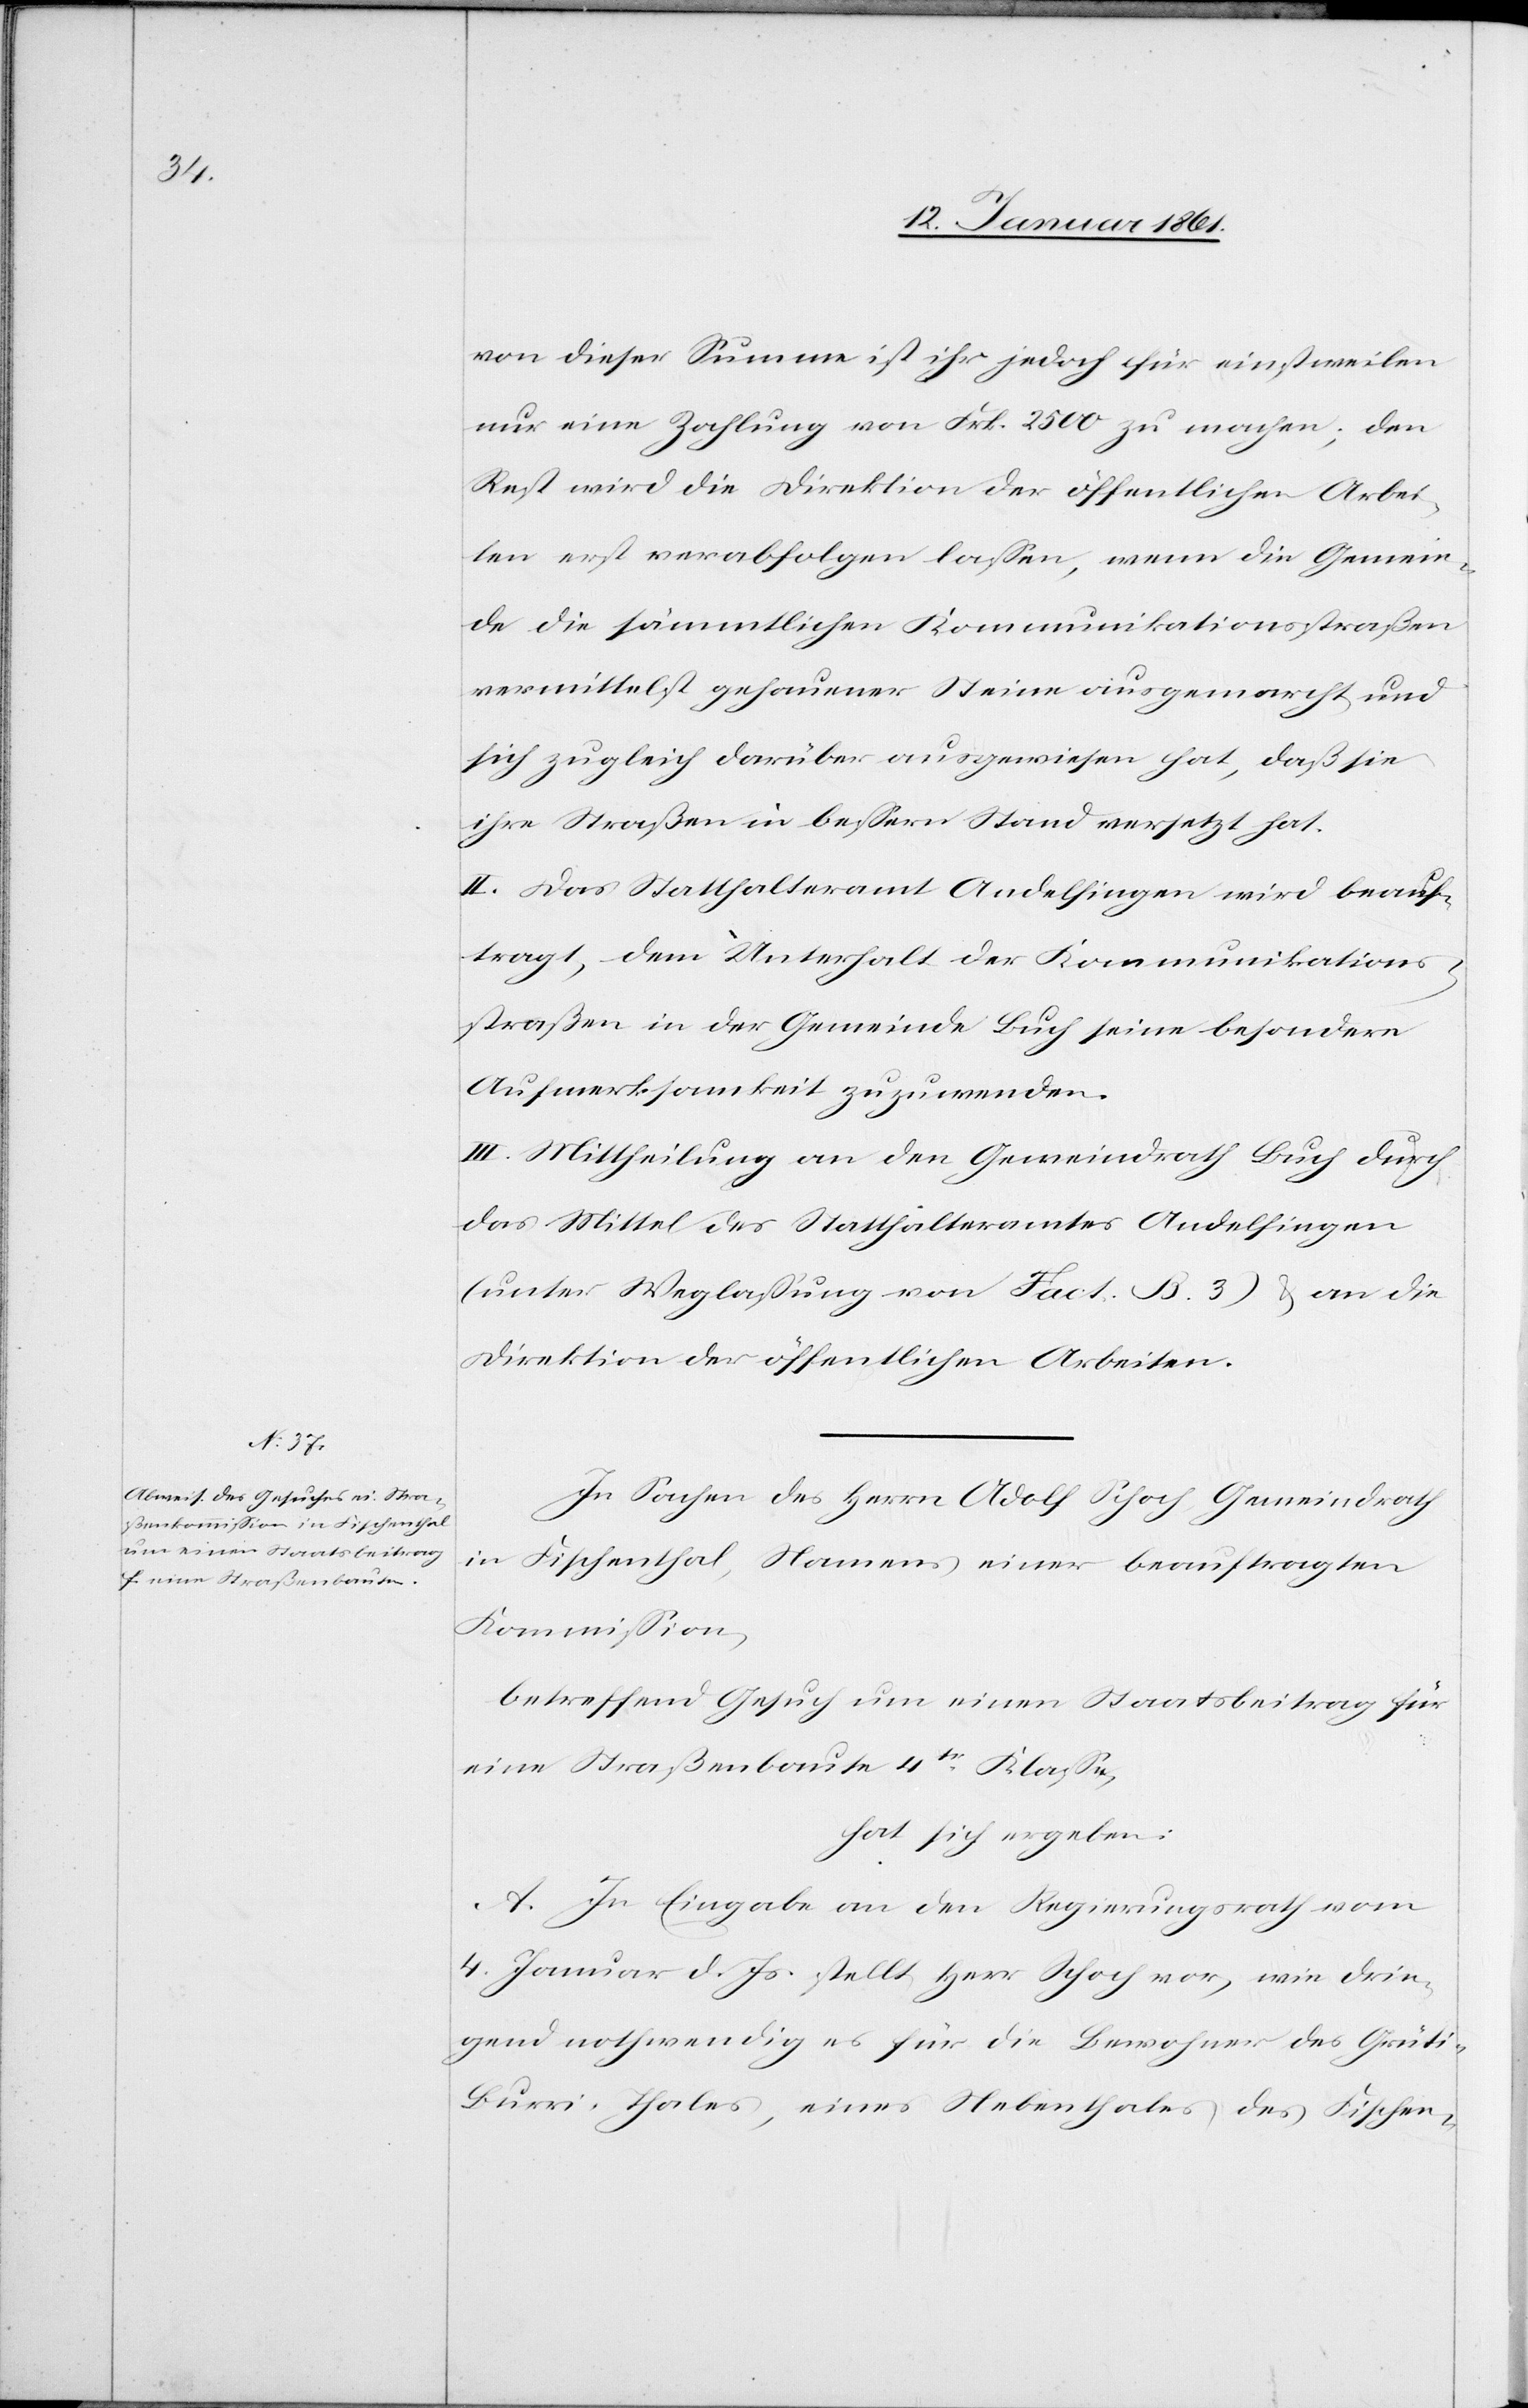
von dieser Summe ist ihr jedoch für einstweilen
nur eine Zahlung von Frk. 2500 zu machen, den
Rest wird die Direktion der öffentlichen Arbei¬
ten erst verabfolgen lassen, wenn die Gemein¬
de die sämmtlichen Kommunikationsstraßen
vermittelst gehauener Steinen ausgemarcht und
sich zugleich darüber ausgewiesen hat, daß sie
ihre Straßen in bessern Stand versetzt hat.
II. Das Statthalteramt Andelfingen wird beauf¬
tragt, dem Unterhalt der Kommunikations¬
strassen in der Gemeinde Buch seine besondere
Aufmerksamkeit zuzuwenden.
III. Mittheilung an den Gemeindrath Buch durch
das Mittel des Statthalteramtes Andelfingen
(unter Weglassung von Fact. B. 3) u. an die
Direktion der öffentlichen Arbeiten.
In Sachen des Herrn Adolf Schoch, Gemeindrath
in Fischenthal, Namens einer beauftragten
Kommission,
betreffend Gesuch um einen Staatsbeitrag für
eine Straßenbaute 4tr Klasse,
hat sich ergeben:
A. In Eingabe an den Regierungsrath vom
4. Januar d. Js. stellt Herr Schoch vor, wie drin¬
gend nothwendig es für die Bewohner des Grüti-B¬
urri-Thales, eines Nebenthales des Fischen-